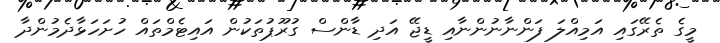
މީގެ ތެރޭގައި އަމިއްލަ ފަންނާނުންނާއި ޑީޖޭ އަދި ޑާންސް ގުރޫޕުތަކުން އައިޓެމްތައް ހުށަހަޅާދެމުންދާ